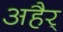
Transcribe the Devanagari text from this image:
अहैर्